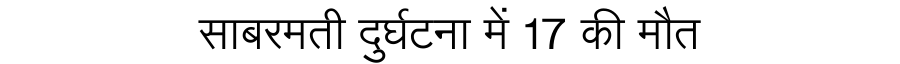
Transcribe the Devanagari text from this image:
साबरमती दुर्घटना में 17 की मौत